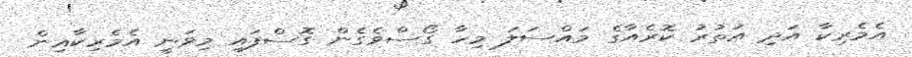
އެމެރިކާ އަދި އުތުރު ކޮރެއާގެ މައްސަލަ މިހާ ގޯސްވެގެން ގޮސްފައި މިވަނީ އެމެރިކާއިން